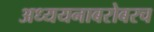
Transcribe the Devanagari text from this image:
अध्ययनाबरोबरच